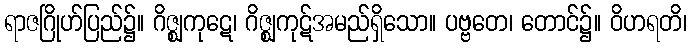
ရာဇဂြိုဟ်ပြည်၌။ ဂိဇ္ဈကုဋေ၊ ဂိဇ္ဈကုဋ်အမည်ရှိသော။ ပဗ္ဗတေ၊ တောင်၌။ ဝိဟရတိ၊